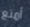
أمتع